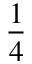
\frac { 1 } { 4 }